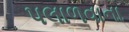
પલાળવાના